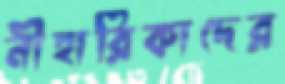
নীহারিকাদের